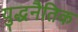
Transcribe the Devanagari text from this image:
युद्धनैतिक